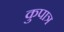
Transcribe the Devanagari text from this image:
कुपात्र